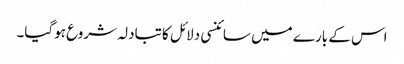
اس کے بارے میں سائنسی دلائل کا تبادلہ شروع ہوگیا۔